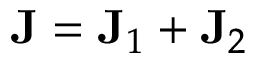
\mathbf { J } = \mathbf { J } _ { 1 } + \mathbf { J } _ { 2 } \,